system: You are a helpful assistant.
user:
Analyze the provided spectrum to determine if it is a **S-type Star**.

- **Key Indicators for S-type Star:**

    - **(Overall Spectrum Shape):** The first and most obvious characteristic is the overall continuum (the "baseline" shape). It is **extremely "red-sloping,"** meaning the flux (light intensity) is very low on the left side (blue, ~4000-4500 Å) and rises steeply and continuously toward the right side (red, ~7000 Å+).

    - **(Primary):** The spectrum is defined by the presence of strong, broad molecular absorption "valleys" (bands) from **Zirconium Oxide (ZrO)**. The identification of these bands is the **primary requirement** for classifying a star as S-type.
        - **(Key Bandheads):** You must find distinct, deep "dips" where the light has been absorbed. The most critical band systems to locate are:
            - **~6474 Å** ($\gamma$-system): This is often the strongest and clearest ZrO feature, found in the red part of the spectrum.
            - **~5718 Å** & **~5551 Å** ($\beta$-system): A pair of prominent absorption features in the yellow-orange part of the spectrum.
            - **~4640 Å** ($\alpha$-system): A key absorption band system in the blue-green region of the spectrum.

    - **(Secondary Confirmation):** The classification is strengthened by finding additional absorption bands from other related heavy element oxides, which are expected to be present alongside ZrO.
        - **(Key Bandheads):**
            - **Yttrium Oxide (YO):** Look for absorption dips near **~4800 Å** and **~6100 Å**.
            - **Lanthanum Oxide (LaO):** Additional absorption features, particularly in the red-orange part of the spectrum, are also characteristic.

    - **(Line Profile):** The combination of the steep red continuum and these numerous, deep molecular bands (ZrO, YO, etc.) gives the entire spectrum a very **"chopped-up"** or **"bumpy"** appearance. Instead of a smooth curve, the spectrum looks as though large, wide chunks of light have been "carved out" of it at the specific wavelengths listed above.

Think first, call **spectral_visualization_tool** if needed to examine features in detail, then provide your final answer. Your response must adhere to the following strict rules:
1.  **Overall Structure:** Your response must follow the format `<think>...</think> <tool_call>...</tool_call> (if a tool is used) <answer>...</answer>`.
2.  **Tool Usage Constraint:** You may only make **one** tool call per turn.
3.  **Final Answer Format:** In the `<answer>` tag, your conclusion must be inside a `\boxed{}` command (e.g., `\boxed{YES}` or `\boxed{NO}`), followed by your justification.

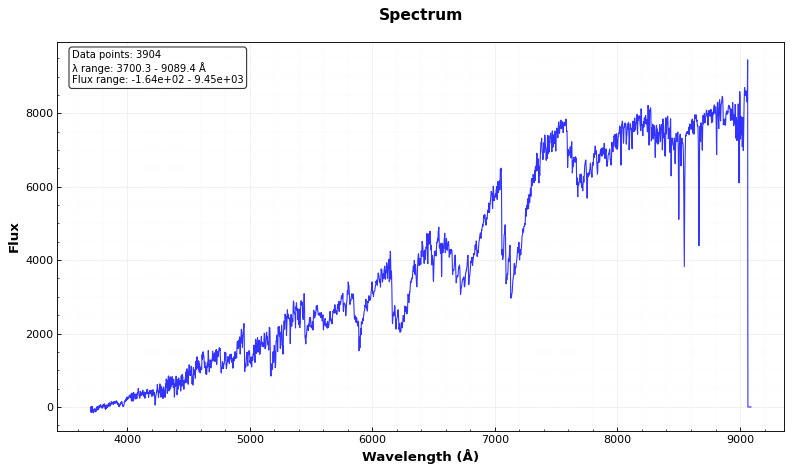
Answer: YES